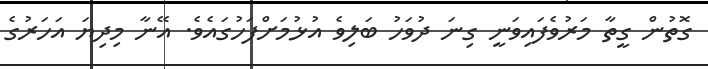
ގޮތުން ގީތާ މަރުވެފައިވަނީ ގިނަ ދުވަހު ބަލިވެ އުޅުމަށްފަހުގައެވެ. އޭނާ މިދިޔަ އަހަރުގެ